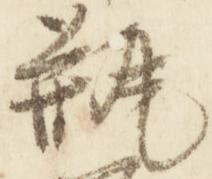
瓶